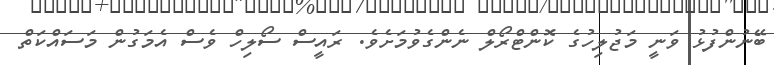
ބޭނުންފުޅު ވަނީ މަޖުލިހުގެ ކޮންޓްރޯލް ނެންގެވުމަށެވެ. ރައީސް ސޯލިހް ވެސް އެމަގުން މަސައްކަތް